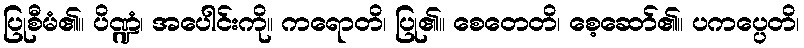
ပြုစီမံ၏။ ပိဏ္ဍံ၊ အပေါင်းကို။ ကရောတိ၊ ပြု၏။ စေတေတိ၊ စေ့ဆော်၏။ ပကပ္ပေတိ၊